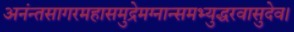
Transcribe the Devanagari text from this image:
अनंन्तसागरमहासमुद्रेमग्नान्समभ्युद्धरवासुदेव।